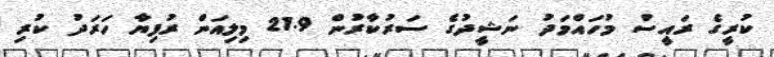
ކުރީގެ ރައީސް މުހައްމަދު ނަޝީދުގެ ސަރުކާރުން 21.9 މިލިއަން ރުފިޔާ ހަރަދު ކުުރި